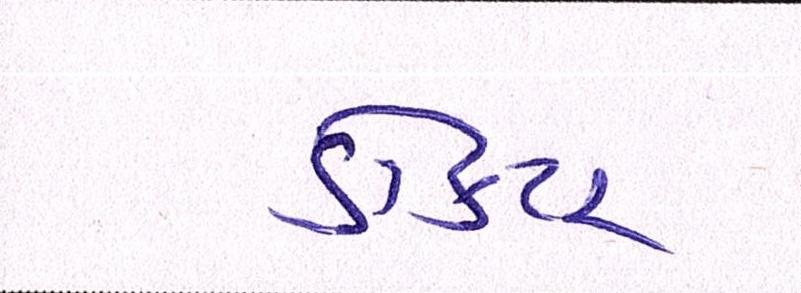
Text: ડૉક્ટર